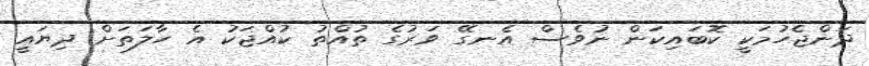
ދަންޖެހުމަކީ ކޮބައިކަން ނުވެސް އެނގޭ ވަރުގެ ތުއްތު ކުއްޖަކު އެ ހާލަތަށް ދިޔައީ